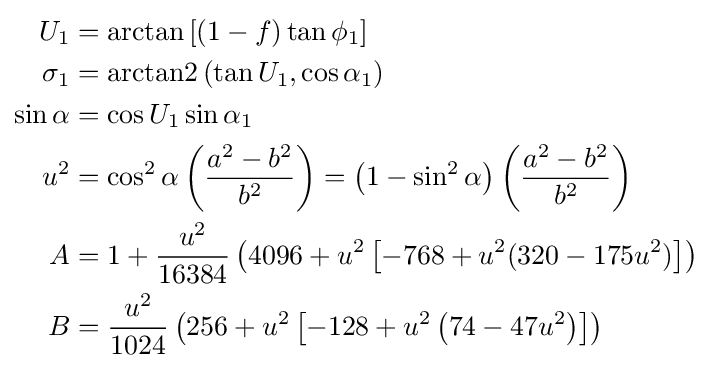
{\begin{aligned}U_{1}&=\arctan \left[(1-f)\tan \phi _{1}\right]\\\sigma _{1}&=\operatorname {arctan2} \left(\tan U_{1},\cos \alpha _{1}\right)\\\sin \alpha &=\cos U_{1}\sin \alpha _{1}\\u^{2}&=\cos ^{2}\alpha \left({\frac {a^{2}-b^{2}}{b^{2}}}\right)=\left(1-\sin ^{2}\alpha \right)\left({\frac {a^{2}-b^{2}}{b^{2}}}\right)\\A&=1+{\frac {u^{2}}{16384}}\left(4096+u^{2}\left[-768+u^{2}(320-175u^{2})\right]\right)\\B&={\frac {u^{2}}{1024}}\left(256+u^{2}\left[-128+u^{2}\left(74-47u^{2}\right)\right]\right)\end{aligned}}